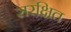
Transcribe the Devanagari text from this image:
सरक्षित